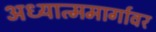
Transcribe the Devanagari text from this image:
अध्यात्ममार्गावर